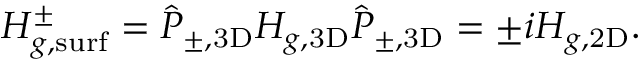
\begin{array} { r } { H _ { g , \mathrm { s u r f } } ^ { \pm } = \hat { P } _ { \pm , \mathrm { 3 D } } H _ { g , \mathrm { 3 D } } \hat { P } _ { \pm , \mathrm { 3 D } } = \pm i H _ { g , \mathrm { 2 D } } . } \end{array}